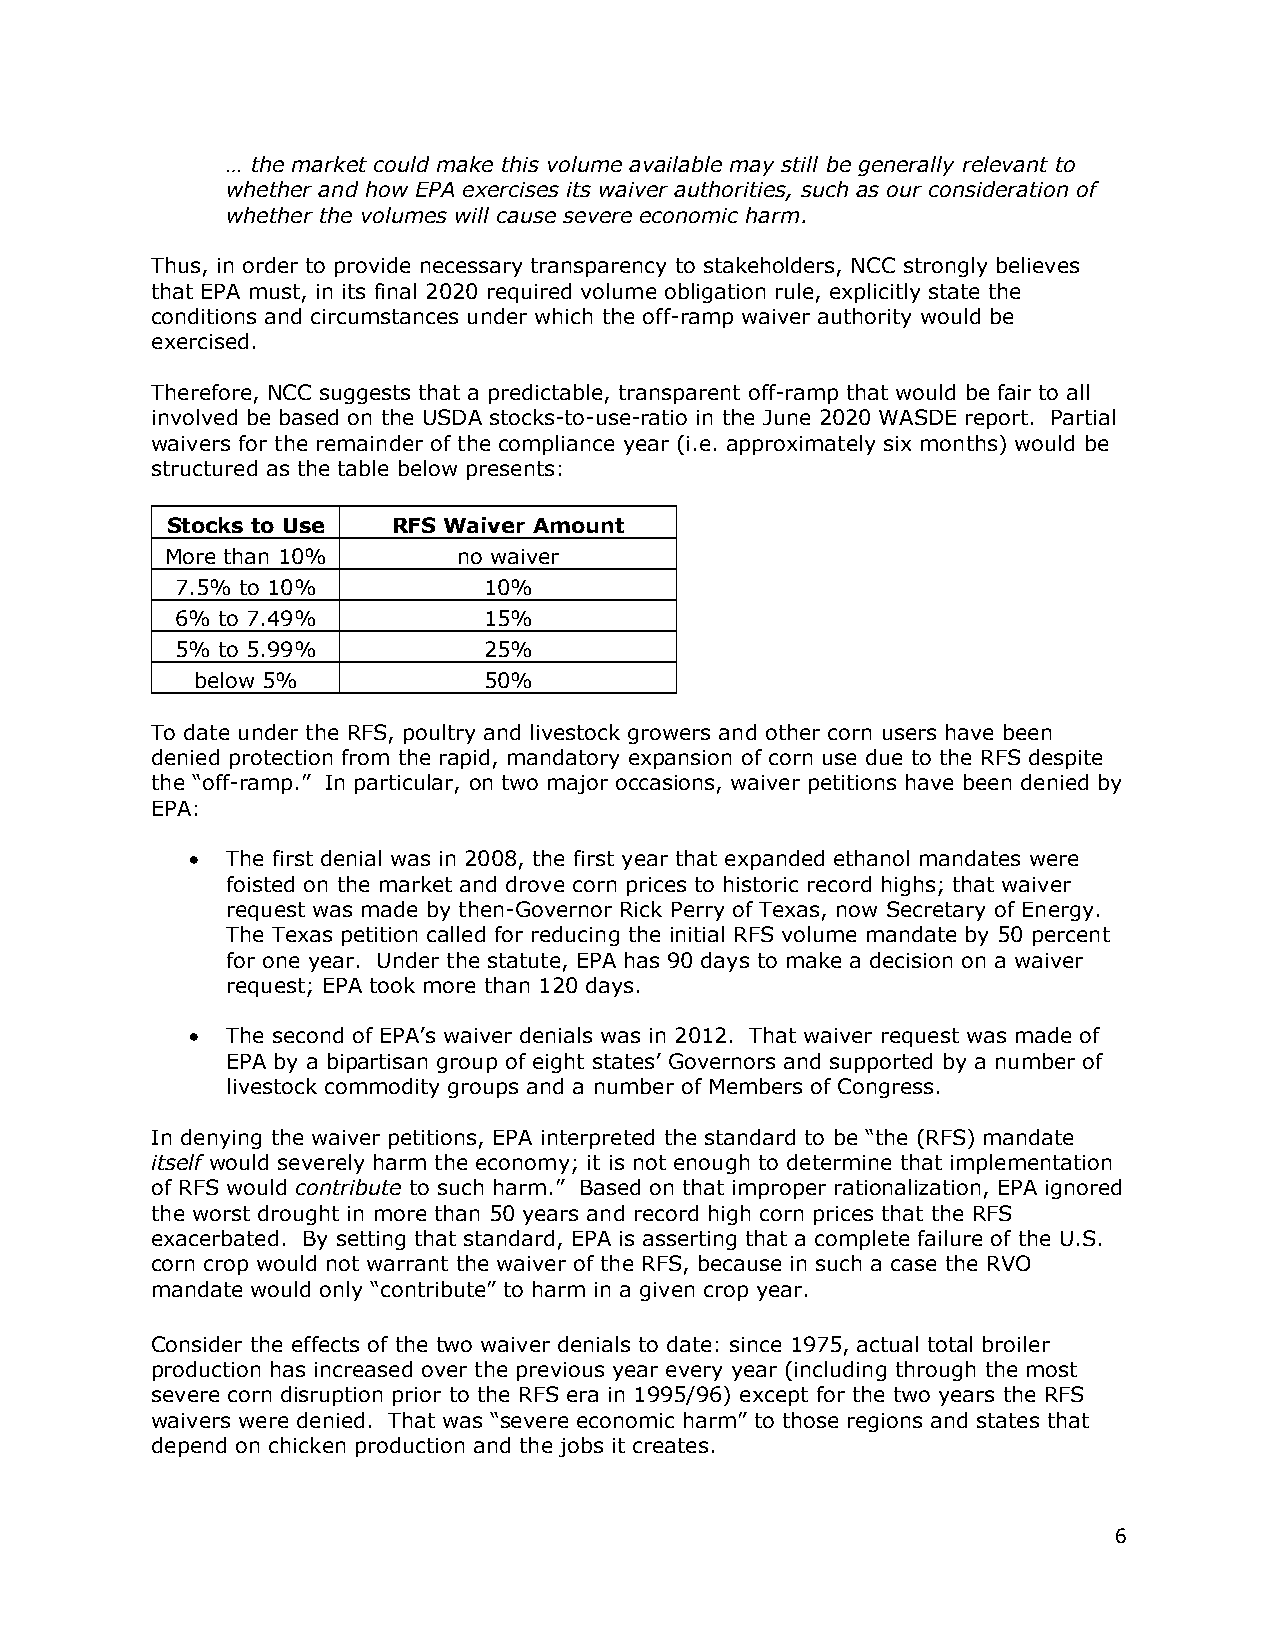
… the market could make this volume available may still be generally relevant to
 whether and how EPA exercises its waiver authorities, such as our consideration of
 whether the volumes will cause severe economic harm.
 Thus, in order to provide necessary transparency to stakeholders, NCC strongly believes
 that EPA must, in its final 2020 required volume obligation rule, explicitly state the
 conditions and circumstances under which the off-ramp waiver authority would be
 exercised.
 Therefore, NCC suggests that a predictable, transparent off-ramp that would be fair to all
 involved be based on the USDA stocks-to-use-ratio in the June 2020 WASDE report. Partial
 waivers for the remainder of the compliance year (i.e. approximately six months) would be
 structured as the table below presents:
 Stocks to Use  RFS Waiver Amount
 More than 10%      no waiver
 7.5% to 10%         10%
 6% to 7.49%         15%
 5% to 5.99%         25%
 below 5%           50%
 To date under the RFS, poultry and livestock growers and other corn users have been
 denied protection from the rapid, mandatory expansion of corn use due to the RFS despite
 the “off-ramp.” In particular, on two major occasions, waiver petitions have been denied by
 EPA:
 •  The first denial was in 2008, the first year that expanded ethanol mandates were
 foisted on the market and drove corn prices to historic record highs; that waiver
 request was made by then-Governor Rick Perry of Texas, now Secretary of Energy.
 The Texas petition called for reducing the initial RFS volume mandate by 50 percent
 for one year. Under the statute, EPA has 90 days to make a decision on a waiver
 request; EPA took more than 120 days.
 •  The second of EPA’s waiver denials was in 2012. That waiver request was made of
 EPA by a bipartisan group of eight states’ Governors and supported by a number of
 livestock commodity groups and a number of Members of Congress.
 In denying the waiver petitions, EPA interpreted the standard to be “the (RFS) mandate
 itself would severely harm the economy; it is not enough to determine that implementation
 of RFS would contribute to such harm.” Based on that improper rationalization, EPA ignored
 the worst drought in more than 50 years and record high corn prices that the RFS
 exacerbated. By setting that standard, EPA is asserting that a complete failure of the U.S.
 corn crop would not warrant the waiver of the RFS, because in such a case the RVO
 mandate would only “contribute” to harm in a given crop year.
 Consider the effects of the two waiver denials to date: since 1975, actual total broiler
 production has increased over the previous year every year (including through the most
 severe corn disruption prior to the RFS era in 1995/96) except for the two years the RFS
 waivers were denied. That was “severe economic harm” to those regions and states that
 depend on chicken production and the jobs it creates.
 6